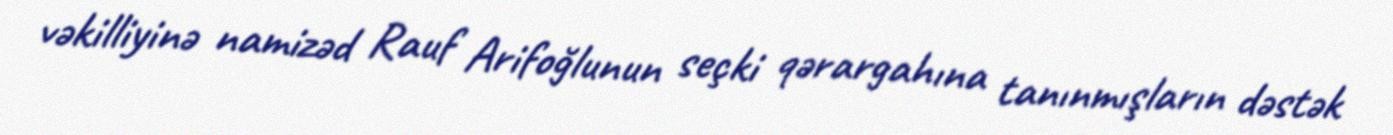
vəkilliyinə namizəd Rauf Arifoğlunun seçki qərargahına tanınmışların dəstək